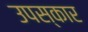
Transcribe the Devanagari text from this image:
उपस्‍कार